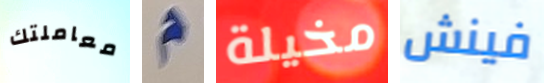
معاملتك م مخيلة فينش